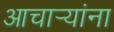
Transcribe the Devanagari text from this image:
आचार्‍यांना